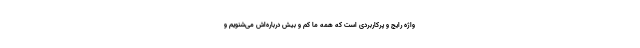
واژه رایج و پرکاربردی است که همه ما کم و بیش درباره‌اش می‌شنویم و